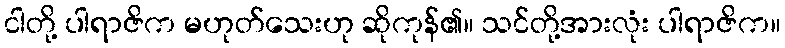
ငါတို့ ပါရာဇိက မဟုတ်သေးဟု ဆိုကုန်၏။ သင်တို့အားလုံး ပါရာဇိက။